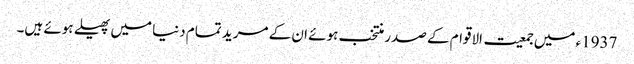
1937ء میں جمعیت الاقوام کے صدر منتخب ہوئے ان کے مرید تمام دنیا میں پھیلے ہوئے ہیں۔